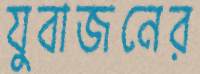
যুবাজনের